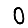
Digit: 0